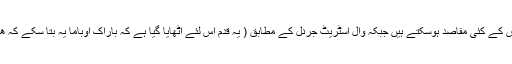
اس خاص موقع پر فوجی دستے کو شام بھیجنے کے پیچھے وائٹ ہاوس کے کئی مقاصد ہوسکتے ہیں جبکہ وال اسٹریٹ جرنل کے مطابق ( یہ قدم اس لئے اٹھایا گیا ہے کہ باراک اوباما یہ بتا سکے کہ ھم بھی دہشت گرد تنظیم داعش کا مقابلہ کر رہے ہیں اور چپ نہں ہے)۔